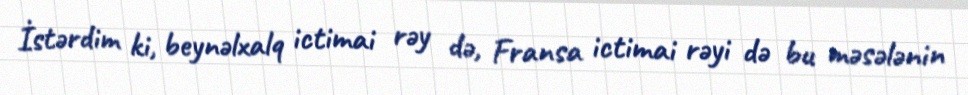
İstərdim ki, beynəlxalq ictimai rəy də, Fransa ictimai rəyi də bu məsələnin